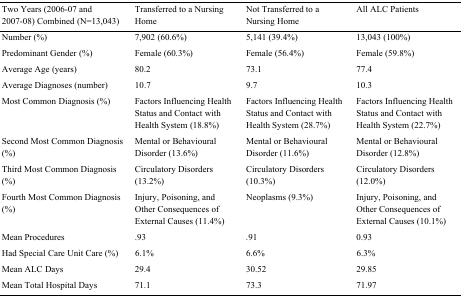
| Two Years (2006-07 and 2007-08) Combined (N=13,043) | Transferred to a Nursing Home | Not Transferred to a Nursing Home | All ALC Patients |
 | --- | --- | --- | --- |
 | Number (%) | 7,902 (60.6%) | 5,141 (39.4%) | 13,043 (100%) |
 | Predominant Gender (%) | Female (60.3%) | Female (56.4%) | Female (59.8%) |
 | Average Age (years) | 80.2 | 73.1 | 77.4 |
 | Average Diagnoses (number) | 10.7 | 9.7 | 10.3 |
 | Most Common Diagnosis (%) | Factors Influencing Health Status and Contact with Health System (18.8%) | Factors Influencing Health Status and Contact with Health System (28.7%) | Factors Influencing Health Status and Contact with Health System (22.7%) |
 | Second Most Common Diagnosis (%) | Mental or Behavioural Disorder (13.6%) | Mental or Behavioural Disorder (11.6%) | Mental or Behavioural Disorder (12.8%) |
 | Third Most Common Diagnosis (%) | Circulatory Disorders (13.2%) | Circulatory Disorders (10.3%) | Circulatory Disorders (12.0%) |
 | Fourth Most Common Diagnosis (%) | Injury, Poisoning, and Other Consequences of External Causes (11.4%) | Neoplasms (9.3%) | Injury, Poisoning, and Other Consequences of External Causes (10.1%) |
 | Mean Procedures | .93 | .91 | 0.93 |
 | Had Special Care Unit Care (%) | 6.1% | 6.6% | 6.3% |
 | Mean ALC Days | 29.4 | 30.52 | 29.85 |
 | Mean Total Hospital Days | 71.1 | 73.3 | 71.97 |